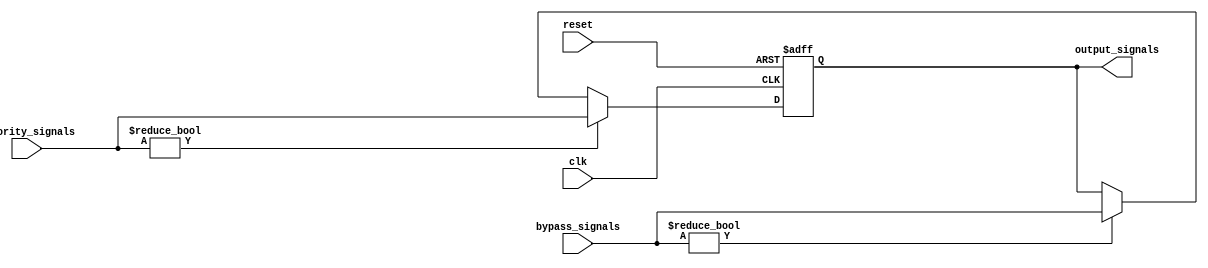
module Priority_Bypass_Register (
    input wire clk,
    input wire reset,
    input wire [7:0] priority_signals,
    input wire [7:0] bypass_signals,
    output reg [7:0] output_signals
);

reg [7:0] storage_reg;

always @(posedge clk or posedge reset) begin
    if (reset) begin
        storage_reg <= 8'b0;
    end else begin
        if (priority_signals != 8'b0) begin
            storage_reg <= priority_signals;
        end else if (bypass_signals != 8'b0) begin
            storage_reg <= bypass_signals;
        end
    end
end

assign output_signals = storage_reg;

endmodule